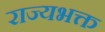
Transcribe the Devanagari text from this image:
राज्यभक्त